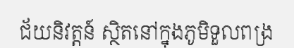
ជ័យនិវត្តន៍ ស្ថិតនៅក្នុងភូមិទួលពង្រ